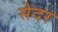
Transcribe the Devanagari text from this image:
सेदर